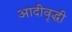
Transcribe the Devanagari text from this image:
आदीवृद्धी